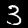
Label: 3